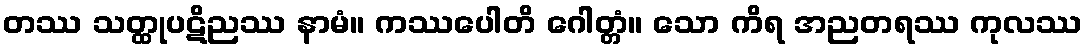
တဿ သတ္ထုပဋိညဿ နာမံ။ ကဿပေါတိ ဂေါတ္တံ။ သော ကိရ အညတရဿ ကုလဿ